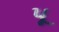
પૂ